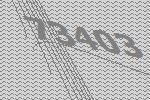
73403